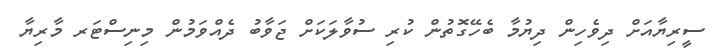
ސީރިޔާއަށް ދިވެހިން ދިޔުމާ ބެހޭގޮތުން ކުރި ސުވާލަަކަށް ޖަވާބު ދެއްވަމުން މިނިސްޓަރ މާރިޔާ